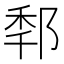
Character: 𨛲